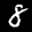
Label: 8